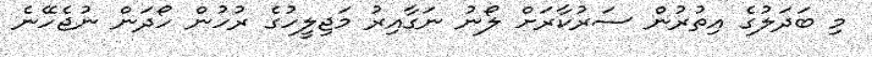
މި ބަދަލުގެ އިތުރުން ސަރުކާރަށް ލޯނު ނަގާއިރު މަޖިލީހުގެ ރުހުން ހޯދަން ނުޖެހޭނެ